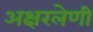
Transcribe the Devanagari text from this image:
अक्षरलेणी